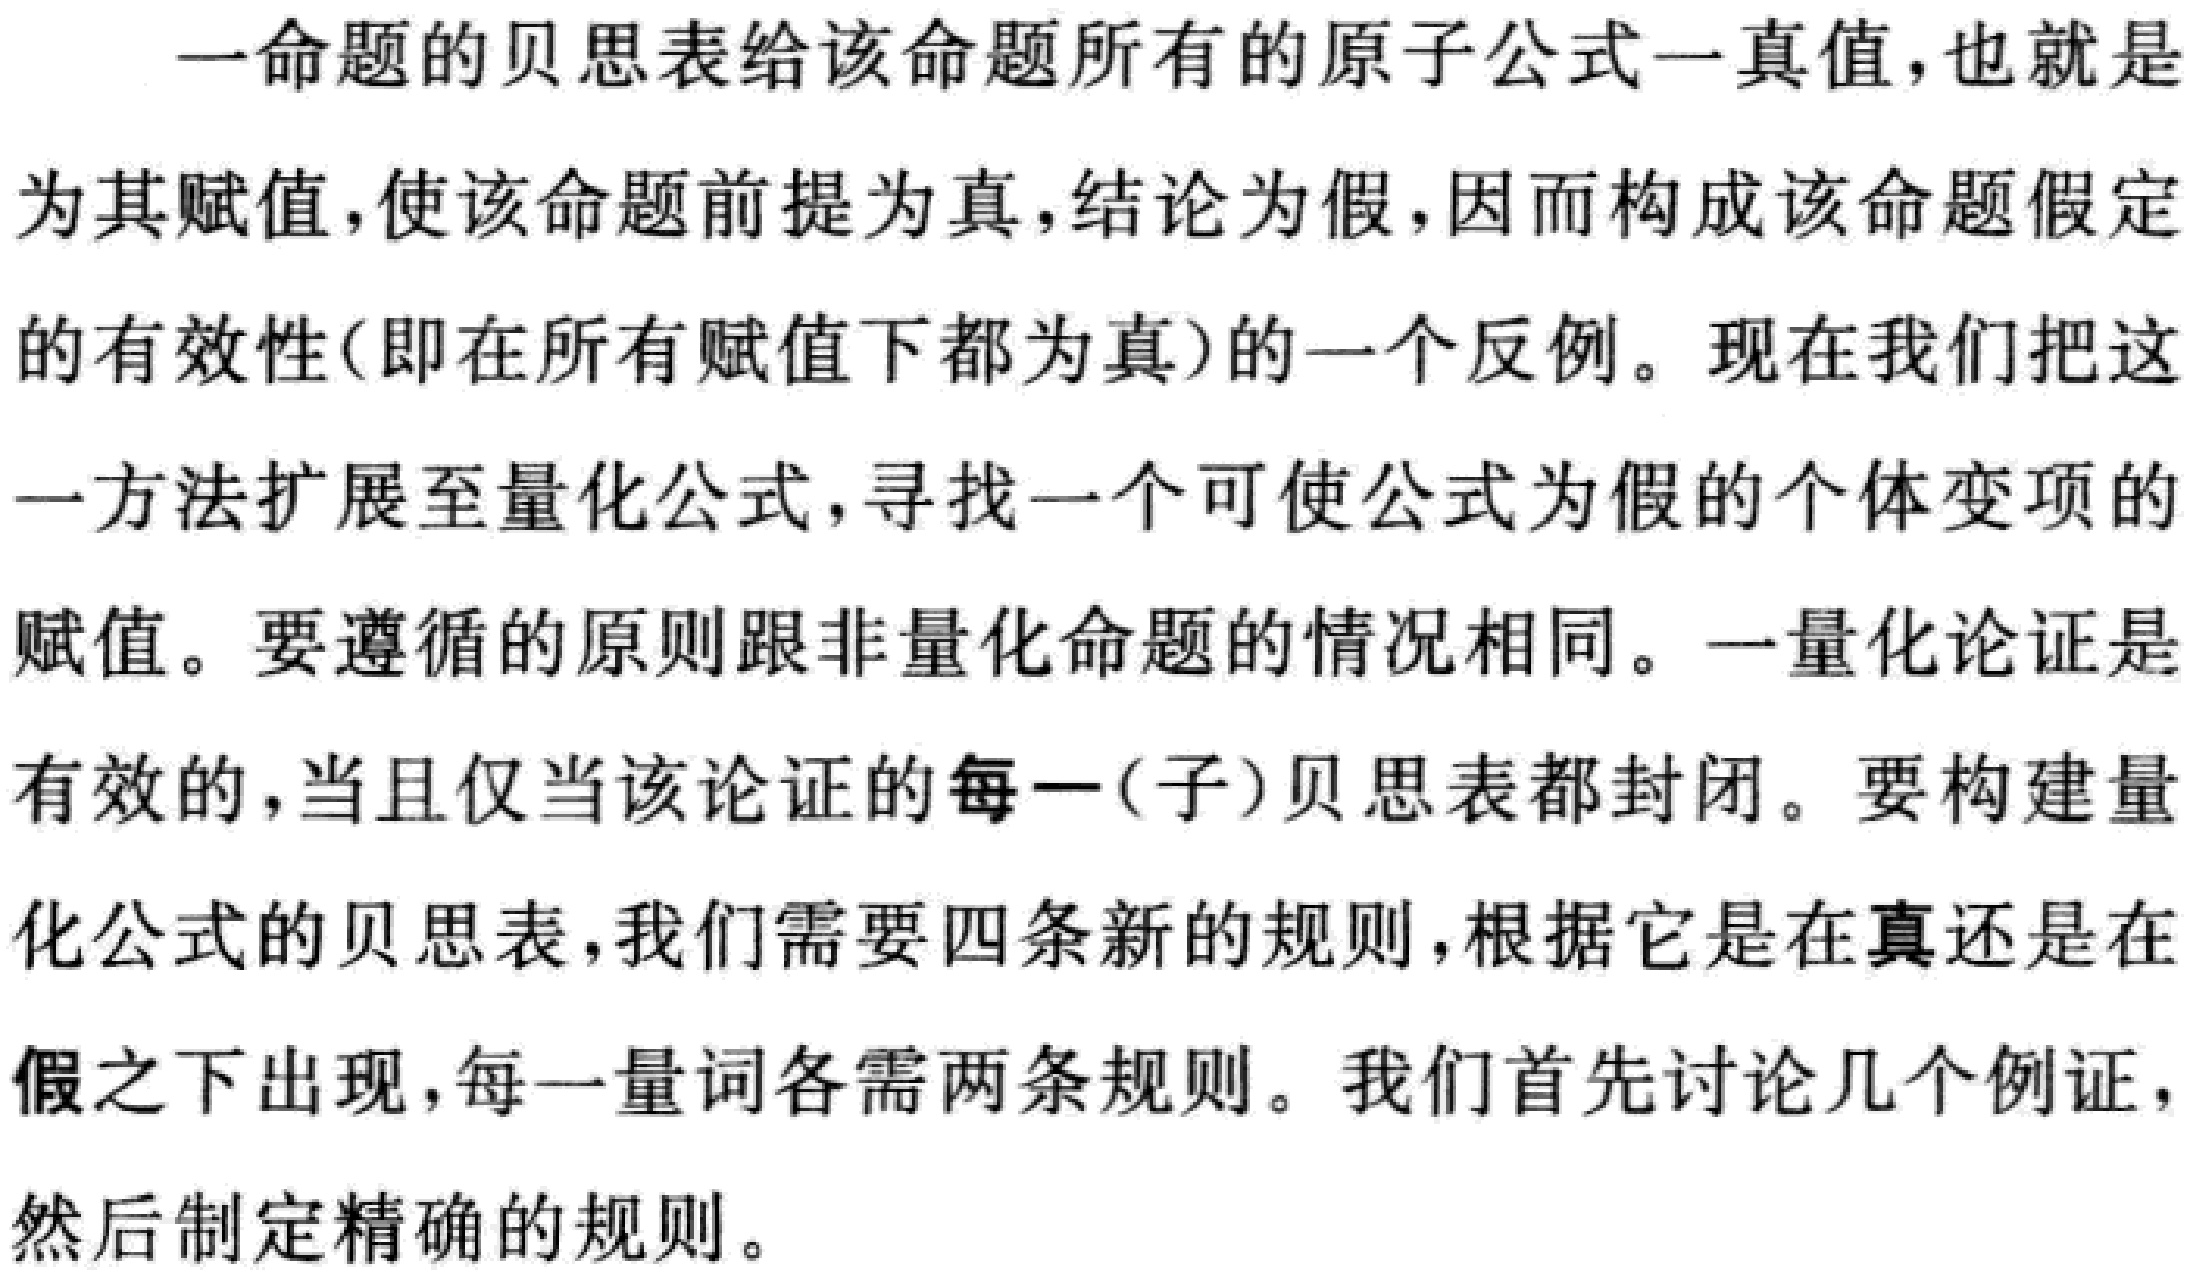
一命题的贝思表给该命题所有的原子公式一真值，也就是为其赋值，使该命题前提为真，结论为假，因而构成该命题假定的有效性(即在所有赋值下都为真)的一个反例。现在我们把这一方法扩展至量化公式，寻找一个可使公式为假的个体变项的赋值。要遵循的原则跟非量化命题的情况相同。一量化论证是有效的，当且仅当该论证的每一(子)贝思表都封闭。要构建量化公式的贝思表，我们需要四条新的规则，根据它是在真还是在假之下出现，每一量词各需两条规则。我们首先讨论几个例证，然后制定精确的规则。